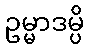
ဥမ္မာဒမ္ပိ